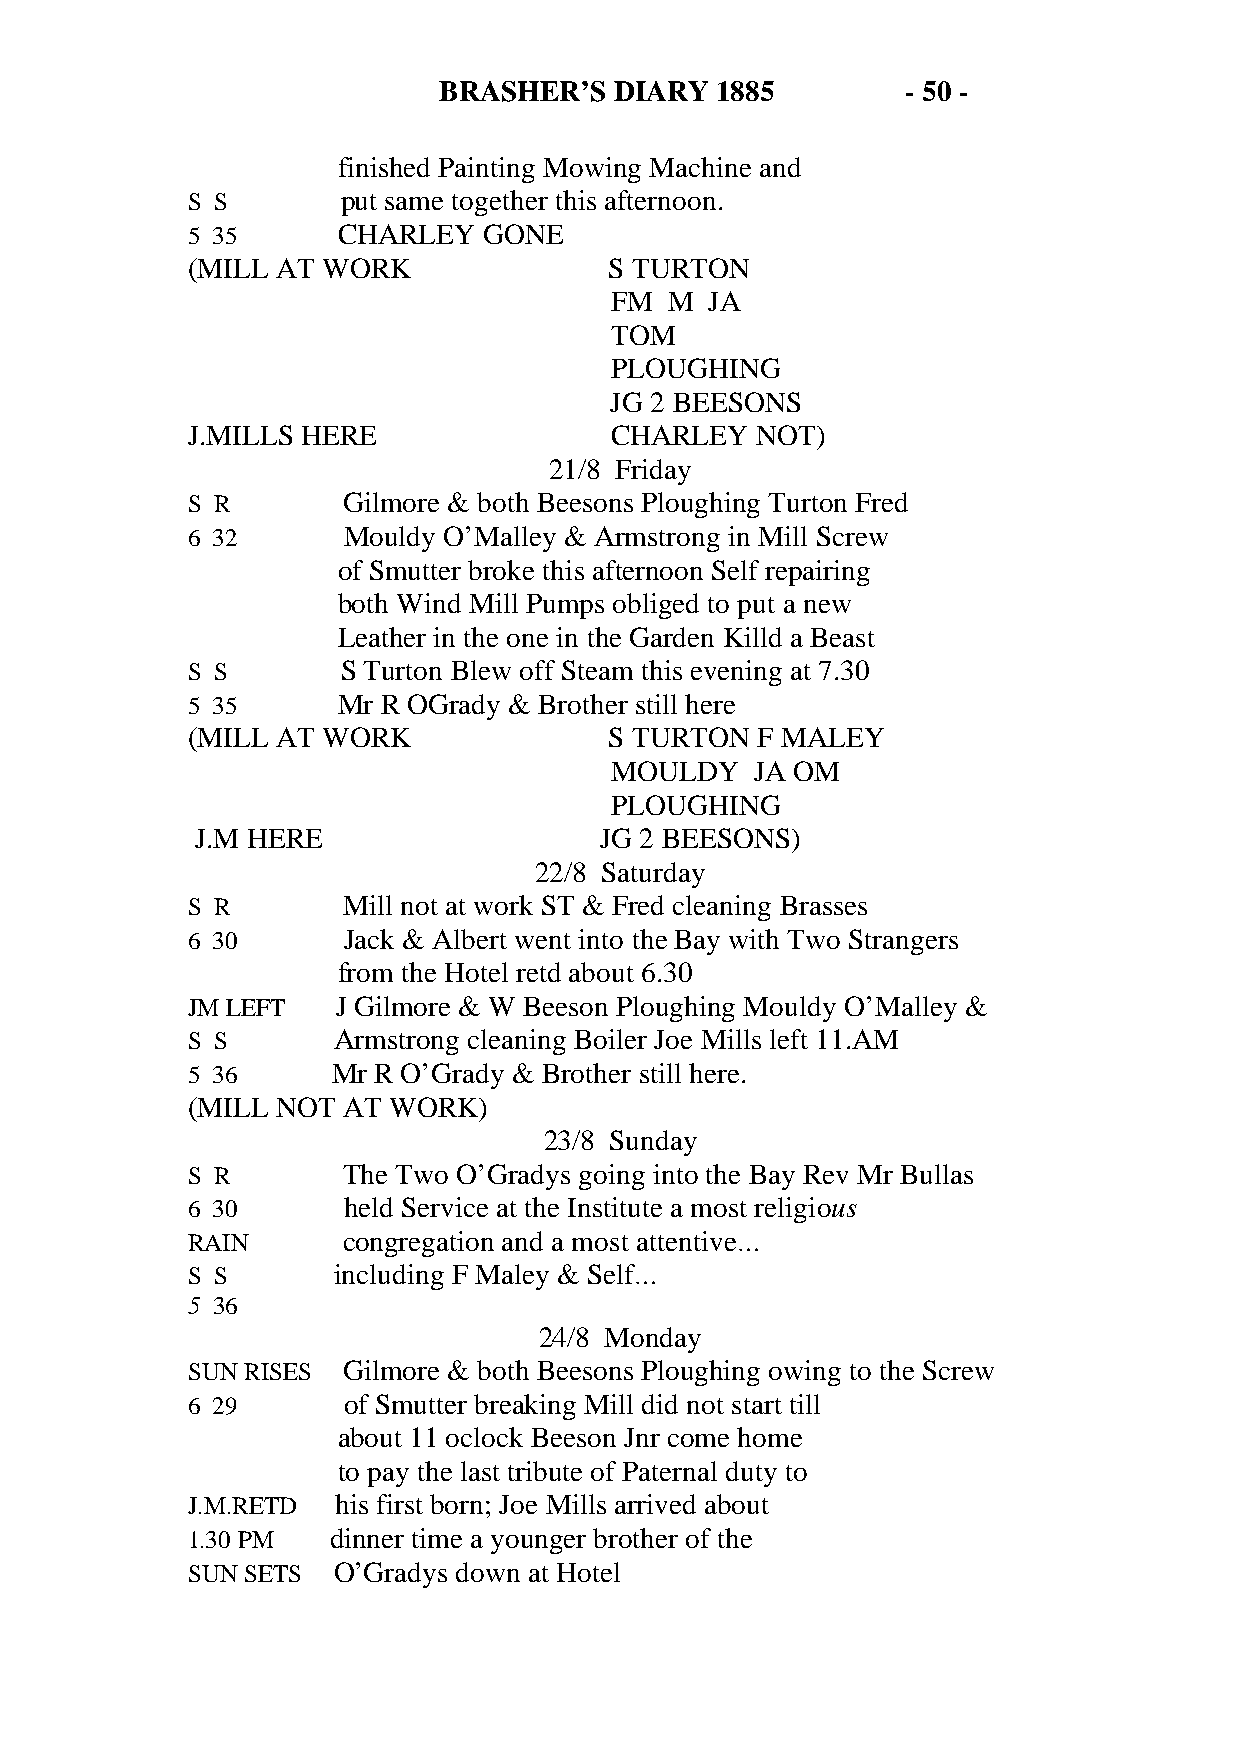
BRASHER’S   DIARY 1885         - 50 -
 finished Painting Mowing Machine and
 S S        put same together this afternoon.
 5 35      CHARLEY   GONE
 (MILL AT WORK               S TURTON
 FM  M  JA
 TOM
 PLOUGHING
 JG 2 BEESONS
 J.MILLS HERE                CHARLEY   NOT)
 21/8 Friday
 S R        Gilmore & both Beesons Ploughing Turton Fred
 6 32       Mouldy O’Malley & Armstrong in Mill Screw
 of Smutter broke this afternoon Self repairing
 both Wind Mill Pumps obliged to put a new
 Leather in the one in the Garden Killd a Beast
 S S        S Turton Blew off Steam this evening at 7.30
 5 35      Mr R OGrady & Brother still here
 (MILL AT WORK               S TURTON  F MALEY
 MOULDY    JA OM
 PLOUGHING
 J.M HERE                   JG 2 BEESONS)
 22/8 Saturday
 S R        Mill not at work ST & Fred cleaning Brasses
 6 30       Jack & Albert went into the Bay with Two Strangers
 from the Hotel retd about 6.30
 JM LEFT   J Gilmore & W Beeson Ploughing Mouldy O’Malley &
 S S       Armstrong cleaning Boiler Joe Mills left 11.AM
 5 36      Mr R O’Grady & Brother still here.
 (MILL NOT  AT WORK)
 23/8 Sunday
 S R        The Two O’Gradys going into the Bay Rev Mr Bullas
 6 30       held Service at the Institute a most religious
 RAIN       congregation and a most attentive…
 S S       including F Maley & Self…
 5 36
 24/8 Monday
 SUN RISES  Gilmore & both Beesons Ploughing owing to the Screw
 6 29       of Smutter breaking Mill did not start till
 about 11 oclock Beeson Jnr come home
 to pay the last tribute of Paternal duty to
 J.M.RETD  his first born; Joe Mills arrived about
 1.30 PM   dinner time a younger brother of the
 SUN SETS  O’Gradys down at Hotel